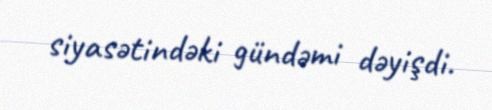
siyasətindəki gündəmi dəyişdi.